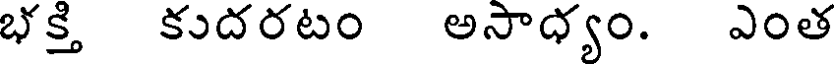
భక్తి కుదరటం అసాధ్యం. ఎంత